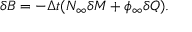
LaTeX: \delta B = - \Delta t ( N _ { \infty } \delta M + \phi _ { \infty } \delta Q ) .